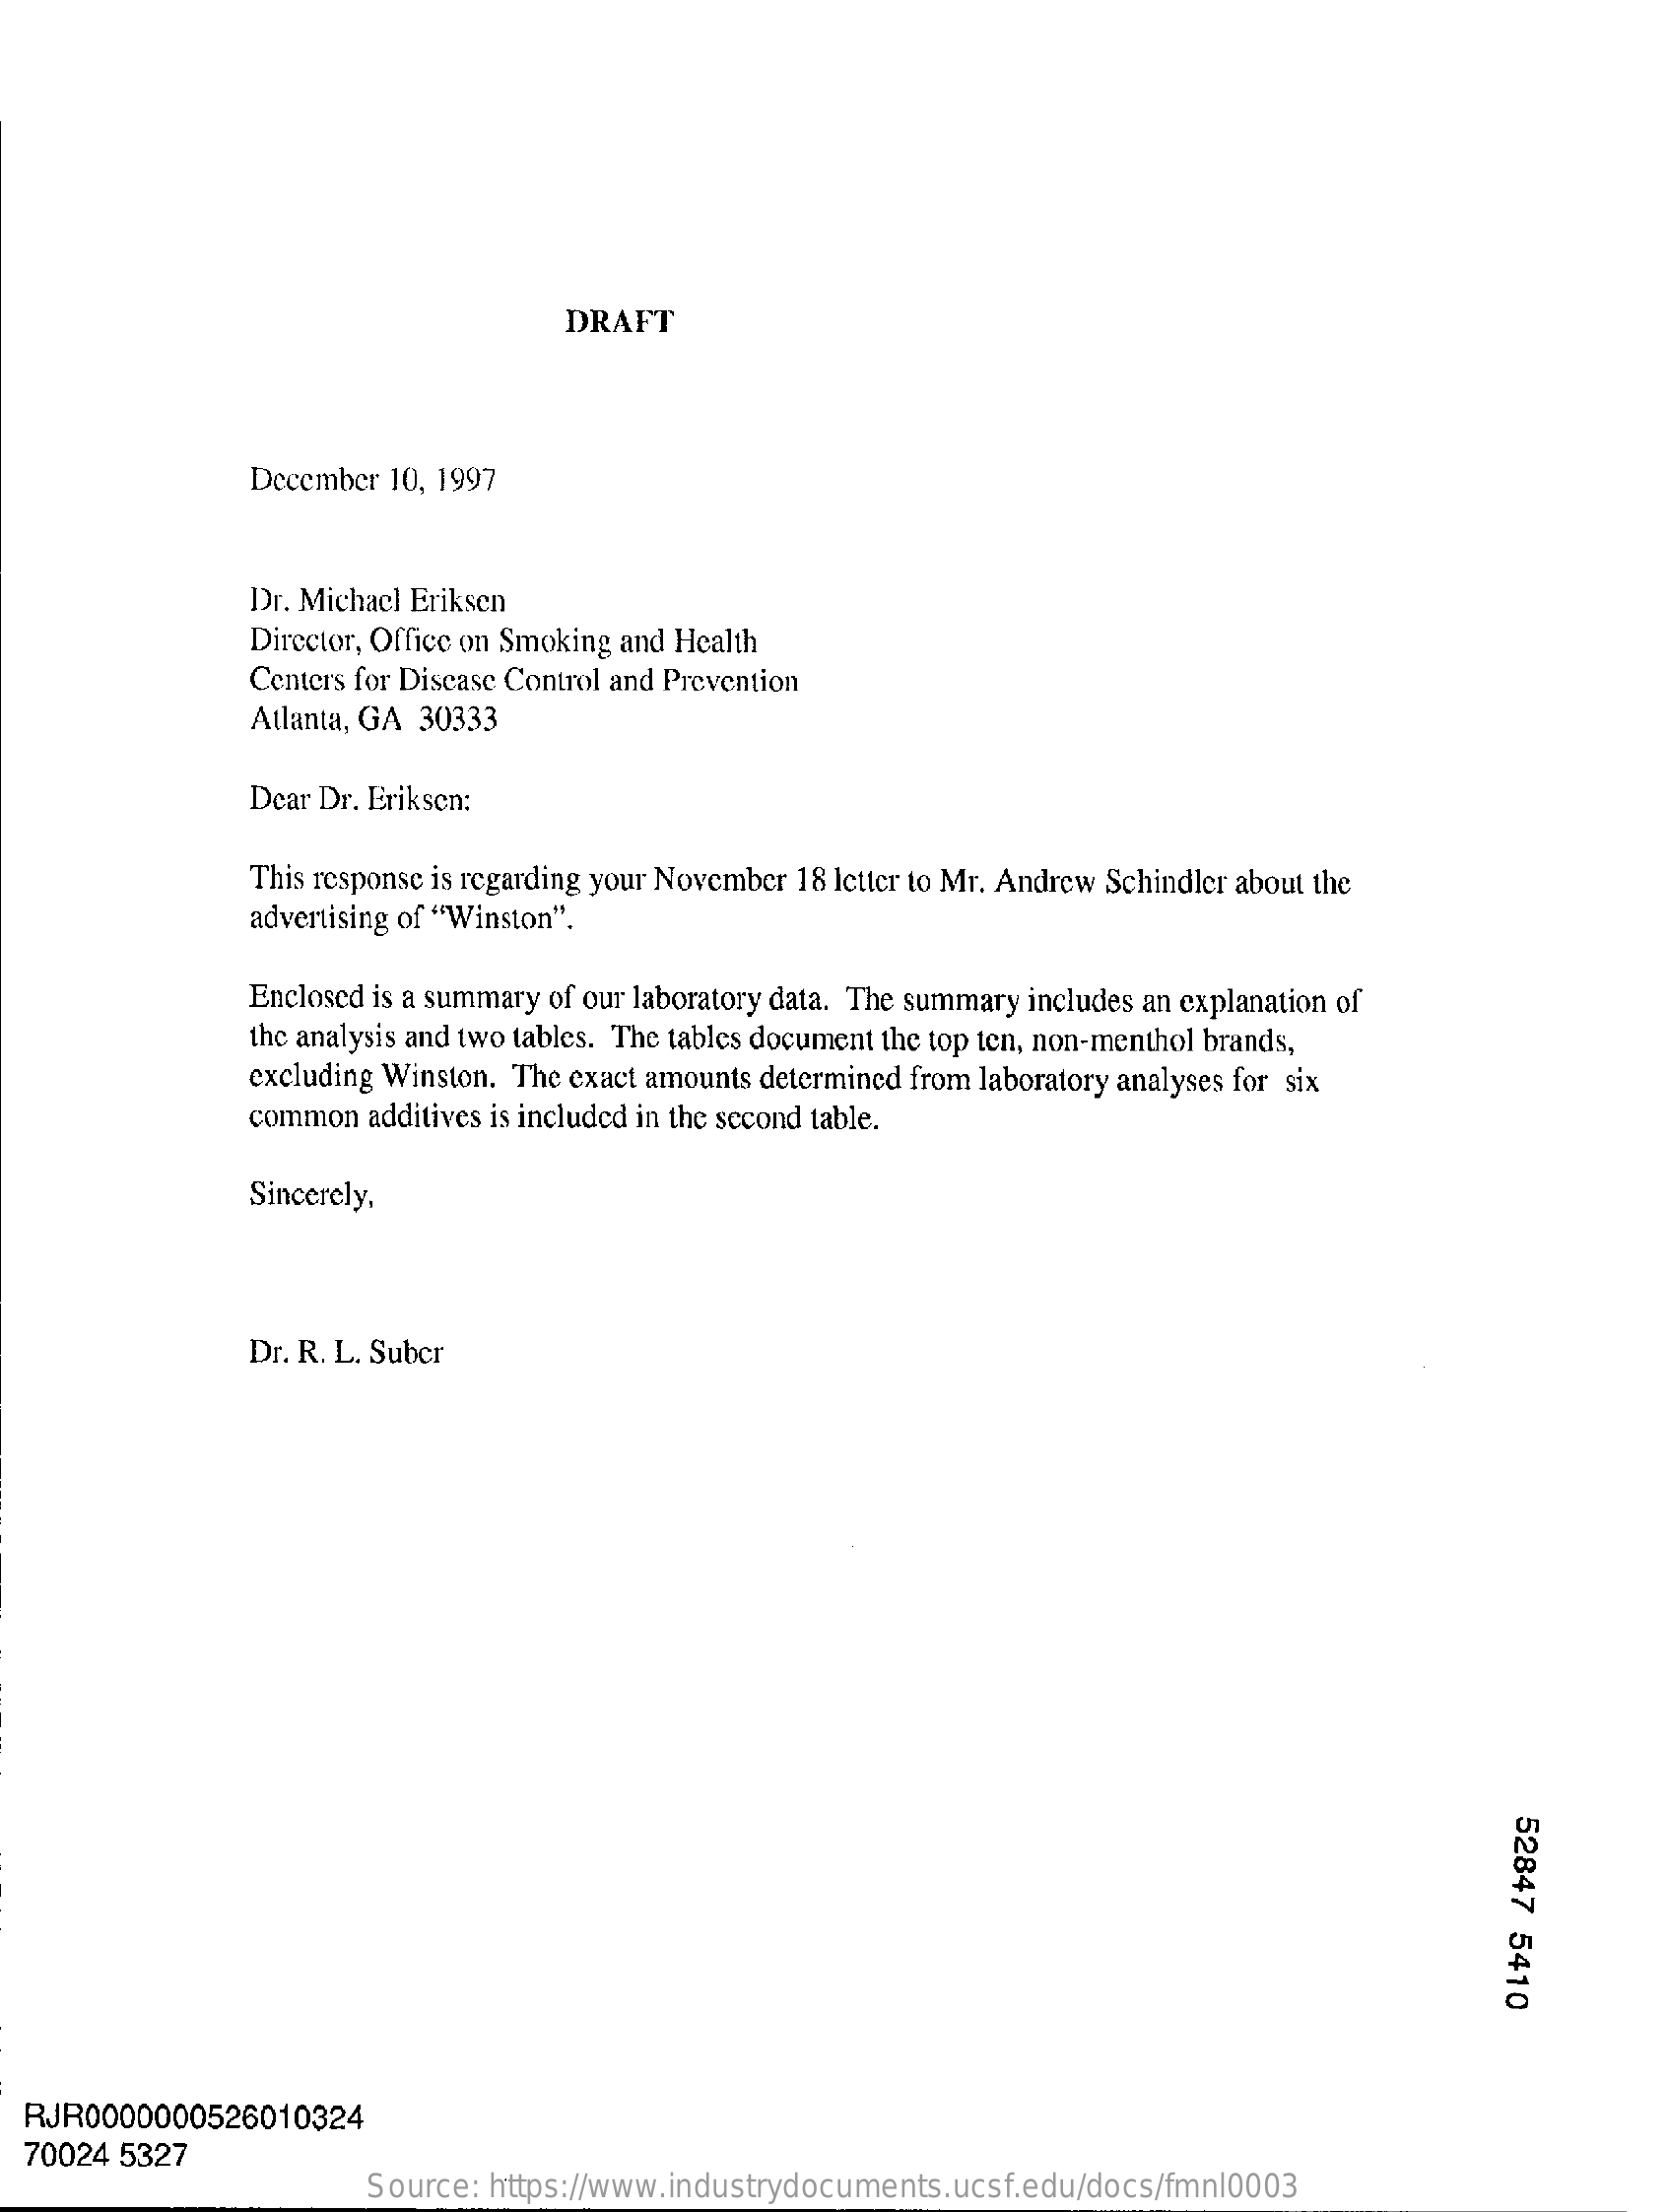
DRAFT
     December 10, 1997
     Dr. Michael Eriksen
     Director, Office on Smoking and Health
     Centers for Disease Control and Prevention
     Atlanta, GA 30333
     Dear Dr. Eriksen:
     This response is regarding your November 18 letter to Mr. Andrew Schindler about the
     advertising of "Winston".
     Enclosed is a summary of our laboratory data. The summary includes an explanation of
     the analysis and two tables. The tables document the top ten, non-menthol brands,
     excluding Winston. The exact amounts determined from laboratory analyses for six
     common additives is included in the second table.
     Sincerely,
     Dr. R. L. Suber
     52847
     5410
  RJR0000000526010324
  70024 5327
     Source: https://www.industrydocuments.ucsf.edu/docs/fmnl0003